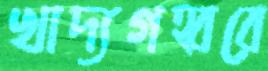
খাদ্যগহ্বরে